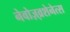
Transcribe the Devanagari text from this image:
नेवोज़्व्रशेनेत्स